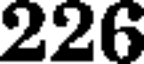
226